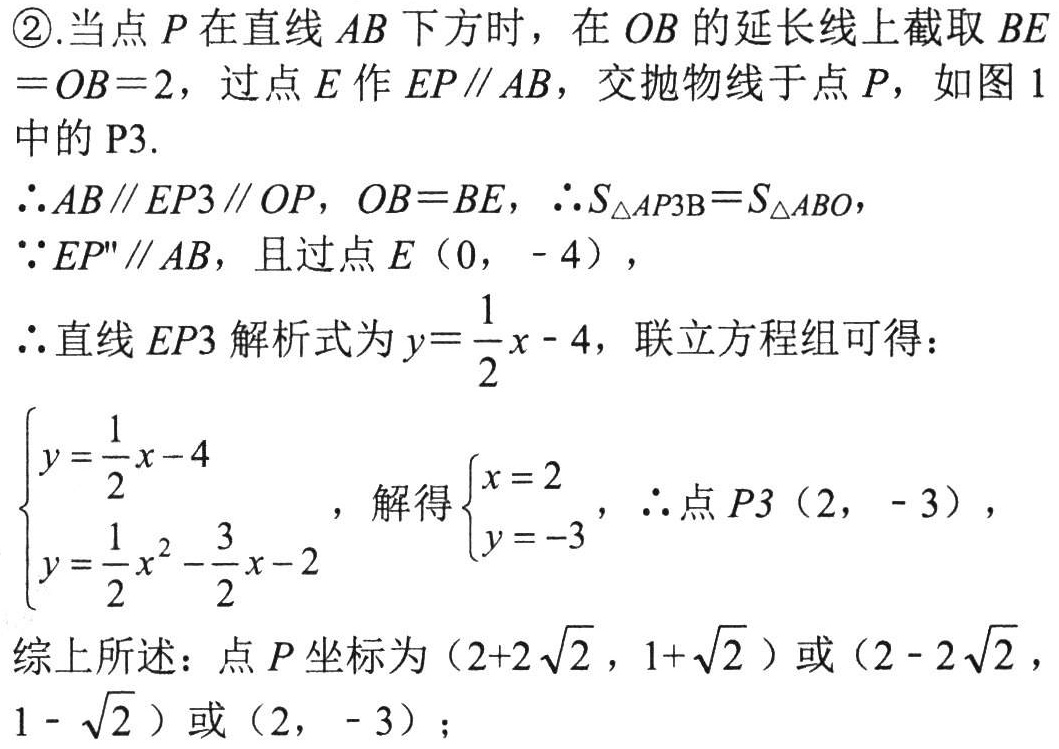
\textcircled{2}. 当点 \(P\) 在直线 \(AB\) 下方时，在 \(OB\) 的延长线上截取 \(BE = OB = 2\)，过点 \(E\) 作 \(EP\parallel AB\)，交抛物线于点 \(P\)，如图 1 中的 \(P3\).
\(\therefore AB\parallel EP3\parallel OP\)，\(OB = BE\)，\(\therefore S_{\triangle AP3B}=S_{\triangle ABO}\)，
\(\because EP''\parallel AB\)，且过点 \(E(0, - 4)\)，
\(\therefore\) 直线 \(EP3\) 解析式为 \(y = \frac{1}{2}x - 4\)，联立方程组可得：
\(\begin{cases}y = \frac{1}{2}x - 4\\y = \frac{1}{2}x^{2}-\frac{3}{2}x - 2\end{cases}\)，解得 \(\begin{cases}x = 2\\y = - 3\end{cases}\)，\(\therefore\) 点 \(P3(2, - 3)\)，
综上所述：点 \(P\) 坐标为 \((2 + 2\sqrt{2},1+\sqrt{2})\) 或 \((2 - 2\sqrt{2},1 - \sqrt{2})\) 或 \((2, - 3)\)；